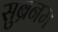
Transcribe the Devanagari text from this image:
सुब्रनम